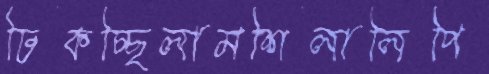
ঢিকচ্ছিলামশিলালিপি